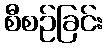
စီစဉ်ခြင်း